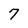
Character: 7